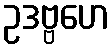
ဥဒဗ္ဗဟေ